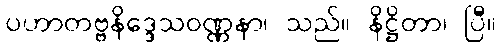
ပဟာတဗ္ဗနိဒ္ဒေသဝဏ္ဏနာ၊ သည်။ နိဋ္ဌိတာ၊ ပြီ။